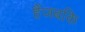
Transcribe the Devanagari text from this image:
हैंजबकि